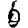
Digit: 6